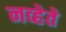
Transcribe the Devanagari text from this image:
नव्हेते